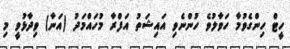
ހީޓް ހިންގެވުމާ ހަވާލުވެ ހުންނެވި އައިޝަތު އަފްރާ މުހައްމަދު (އަނާ) ވިދާޅުވީ މި